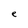
Character: e